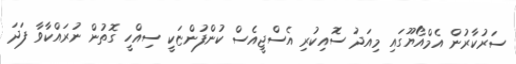
ސަރުކާރުން އެމްއޯޔޫގައި މިއަދު ސޮއިކުރި އެސްޖީއެސް ކުންފުންޏަކީ ސިއްހީ ގޮތުން ނުރައްކާވާ ފަދަ